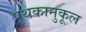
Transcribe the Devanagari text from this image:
पृथकानुकूल